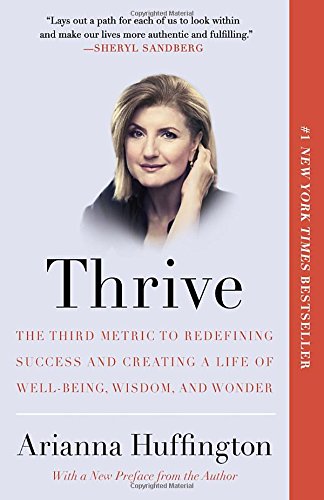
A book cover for Thrive: The Third Metric to Redefining Success and Creating a Life of Well-Being, Wisdom, and Wonder; Arianna Huffington; Self-Help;